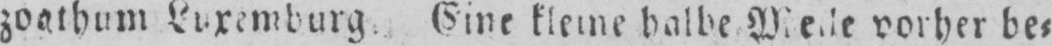
vorher be⸗